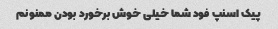
پیک اسنپ فود شما خیلی خوش برخورد بودن ممنونم